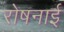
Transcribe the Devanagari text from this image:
रोषनाई